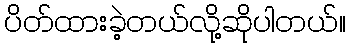
ပိတ်ထားခဲ့တယ်လို့ဆိုပါတယ်။